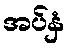
အပ်နှံ